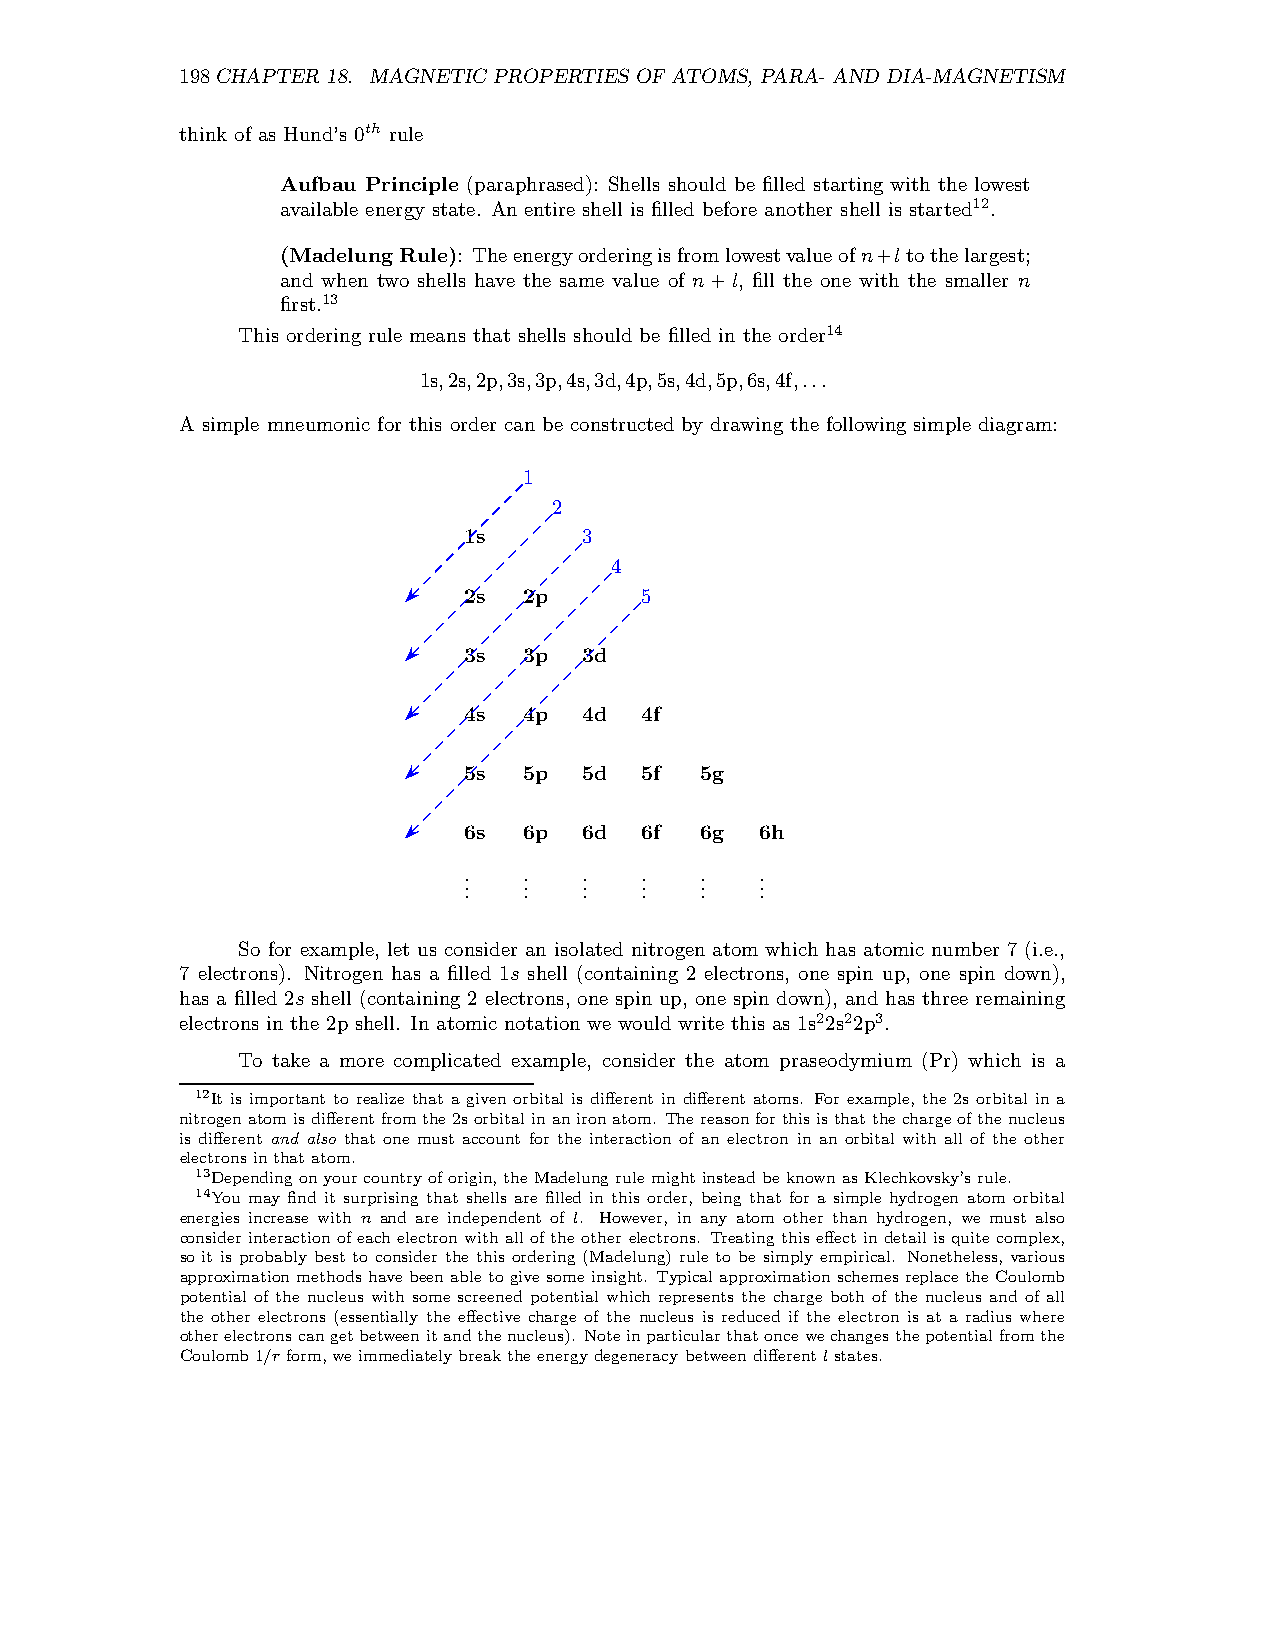
198CHAPTER 18. MAGNETIC PROPERTIESOF ATOMS, PARA- AND DIA-MAGNETISM
 think of as Hund’s 0th rule
 Aufbau Principle (paraphrased): Shells should be filled starting with the lowest
 available energy state. An entire shell is filled before another shell is started12.
 (Madelung Rule): Theenergyorderingisfromlowestvalueofn+ltothelargest;
 and when two shells have the same value of n+l, fill the one with the smaller n
 first.13
 This ordering rule means that shells should be filled in the order14
 1s,2s,2p,3s,3p,4s,3d,4p,5s,4d,5p,6s,4f,...
 A simple mneumonic for this order can be constructed by drawing the following simple diagram:
 1
 2
 1s      3
 4
 2s  2p     5
 3s  3p  3d
 4s  4p  4d 4f
 5s  5p  5d 5f  5g
 6s  6p  6d 6f  6g  6h
 .   .   .  .   .   .
 .   .   .  .   .   .
 .   .   .  .   .   .
 So for example, let us consider an isolated nitrogen atom which has atomic number 7 (i.e.,
 7 electrons). Nitrogen has a filled 1s shell (containing 2 electrons, one spin up, one spin down),
 has a filled 2s shell (containing 2 electrons, one spin up, one spin down), and has three remaining
 electrons in the 2p shell. In atomic notation we would write this as 1s22s22p3.
 To take a more complicated example, consider the atom praseodymium (Pr) which is a
 12It is important to realize that a given orbital is different in different atoms. For example, the 2s orbital in a
 nitrogenatomisdifferentfromthe2sorbitalinanironatom. Thereasonforthisisthatthechargeofthenucleus
 is different and also that one must account for the interaction of an electron in an orbital with all of the other
 electrons inthatatom.
 13Dependingonyourcountryoforigin,theMadelungrulemightinsteadbeknownasKlechkovsky’s rule.
 14You may find it surprising that shells are filled in this order, being that for a simple hydrogen atom orbital
 energies increase with n and are independent of l. However, in any atom other than hydrogen, we must also
 consider interaction of each electron withall of the other electrons. Treating this effect indetail is quite complex,
 so it is probably best to consider the this ordering (Madelung) rule to be simply empirical. Nonetheless, various
 approximationmethods havebeen abletogivesomeinsight. Typicalapproximation schemes replacetheCoulomb
 potential of the nucleus with some screened potential which represents the charge both of the nucleus and of all
 the other electrons (essentially the effective charge of the nucleus is reduced if the electron is at a radius where
 otherelectronscangetbetweenitandthenucleus). Noteinparticularthatoncewechangesthepotentialfromthe
 Coulomb1/r form,weimmediatelybreaktheenergydegeneracy betweendifferentlstates.